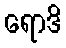
ရောဒိ